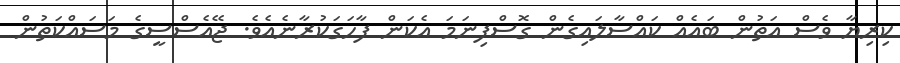
ކިރިޔާ ވެސް އަތުން ބައެއް ކައްސާލައިގެން ގޮސްފިނަމަ އެކަން ފާހަގަކުރާނެއެވެ. ޖޭއެސްސީގެ މަސައްކަތުން